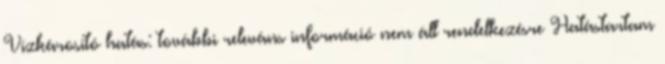
Vízkárosító hatás: további releváns információ nem áll rendelkezésre Hatástartam